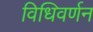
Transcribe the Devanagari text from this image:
विधिवर्णन